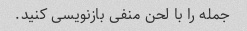
جمله را با لحن منفی بازنویسی کنید.